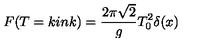
F ( T = k i n k ) = \frac { 2 \pi \sqrt { 2 } } { g } T _ { 0 } ^ { 2 } \delta ( x )